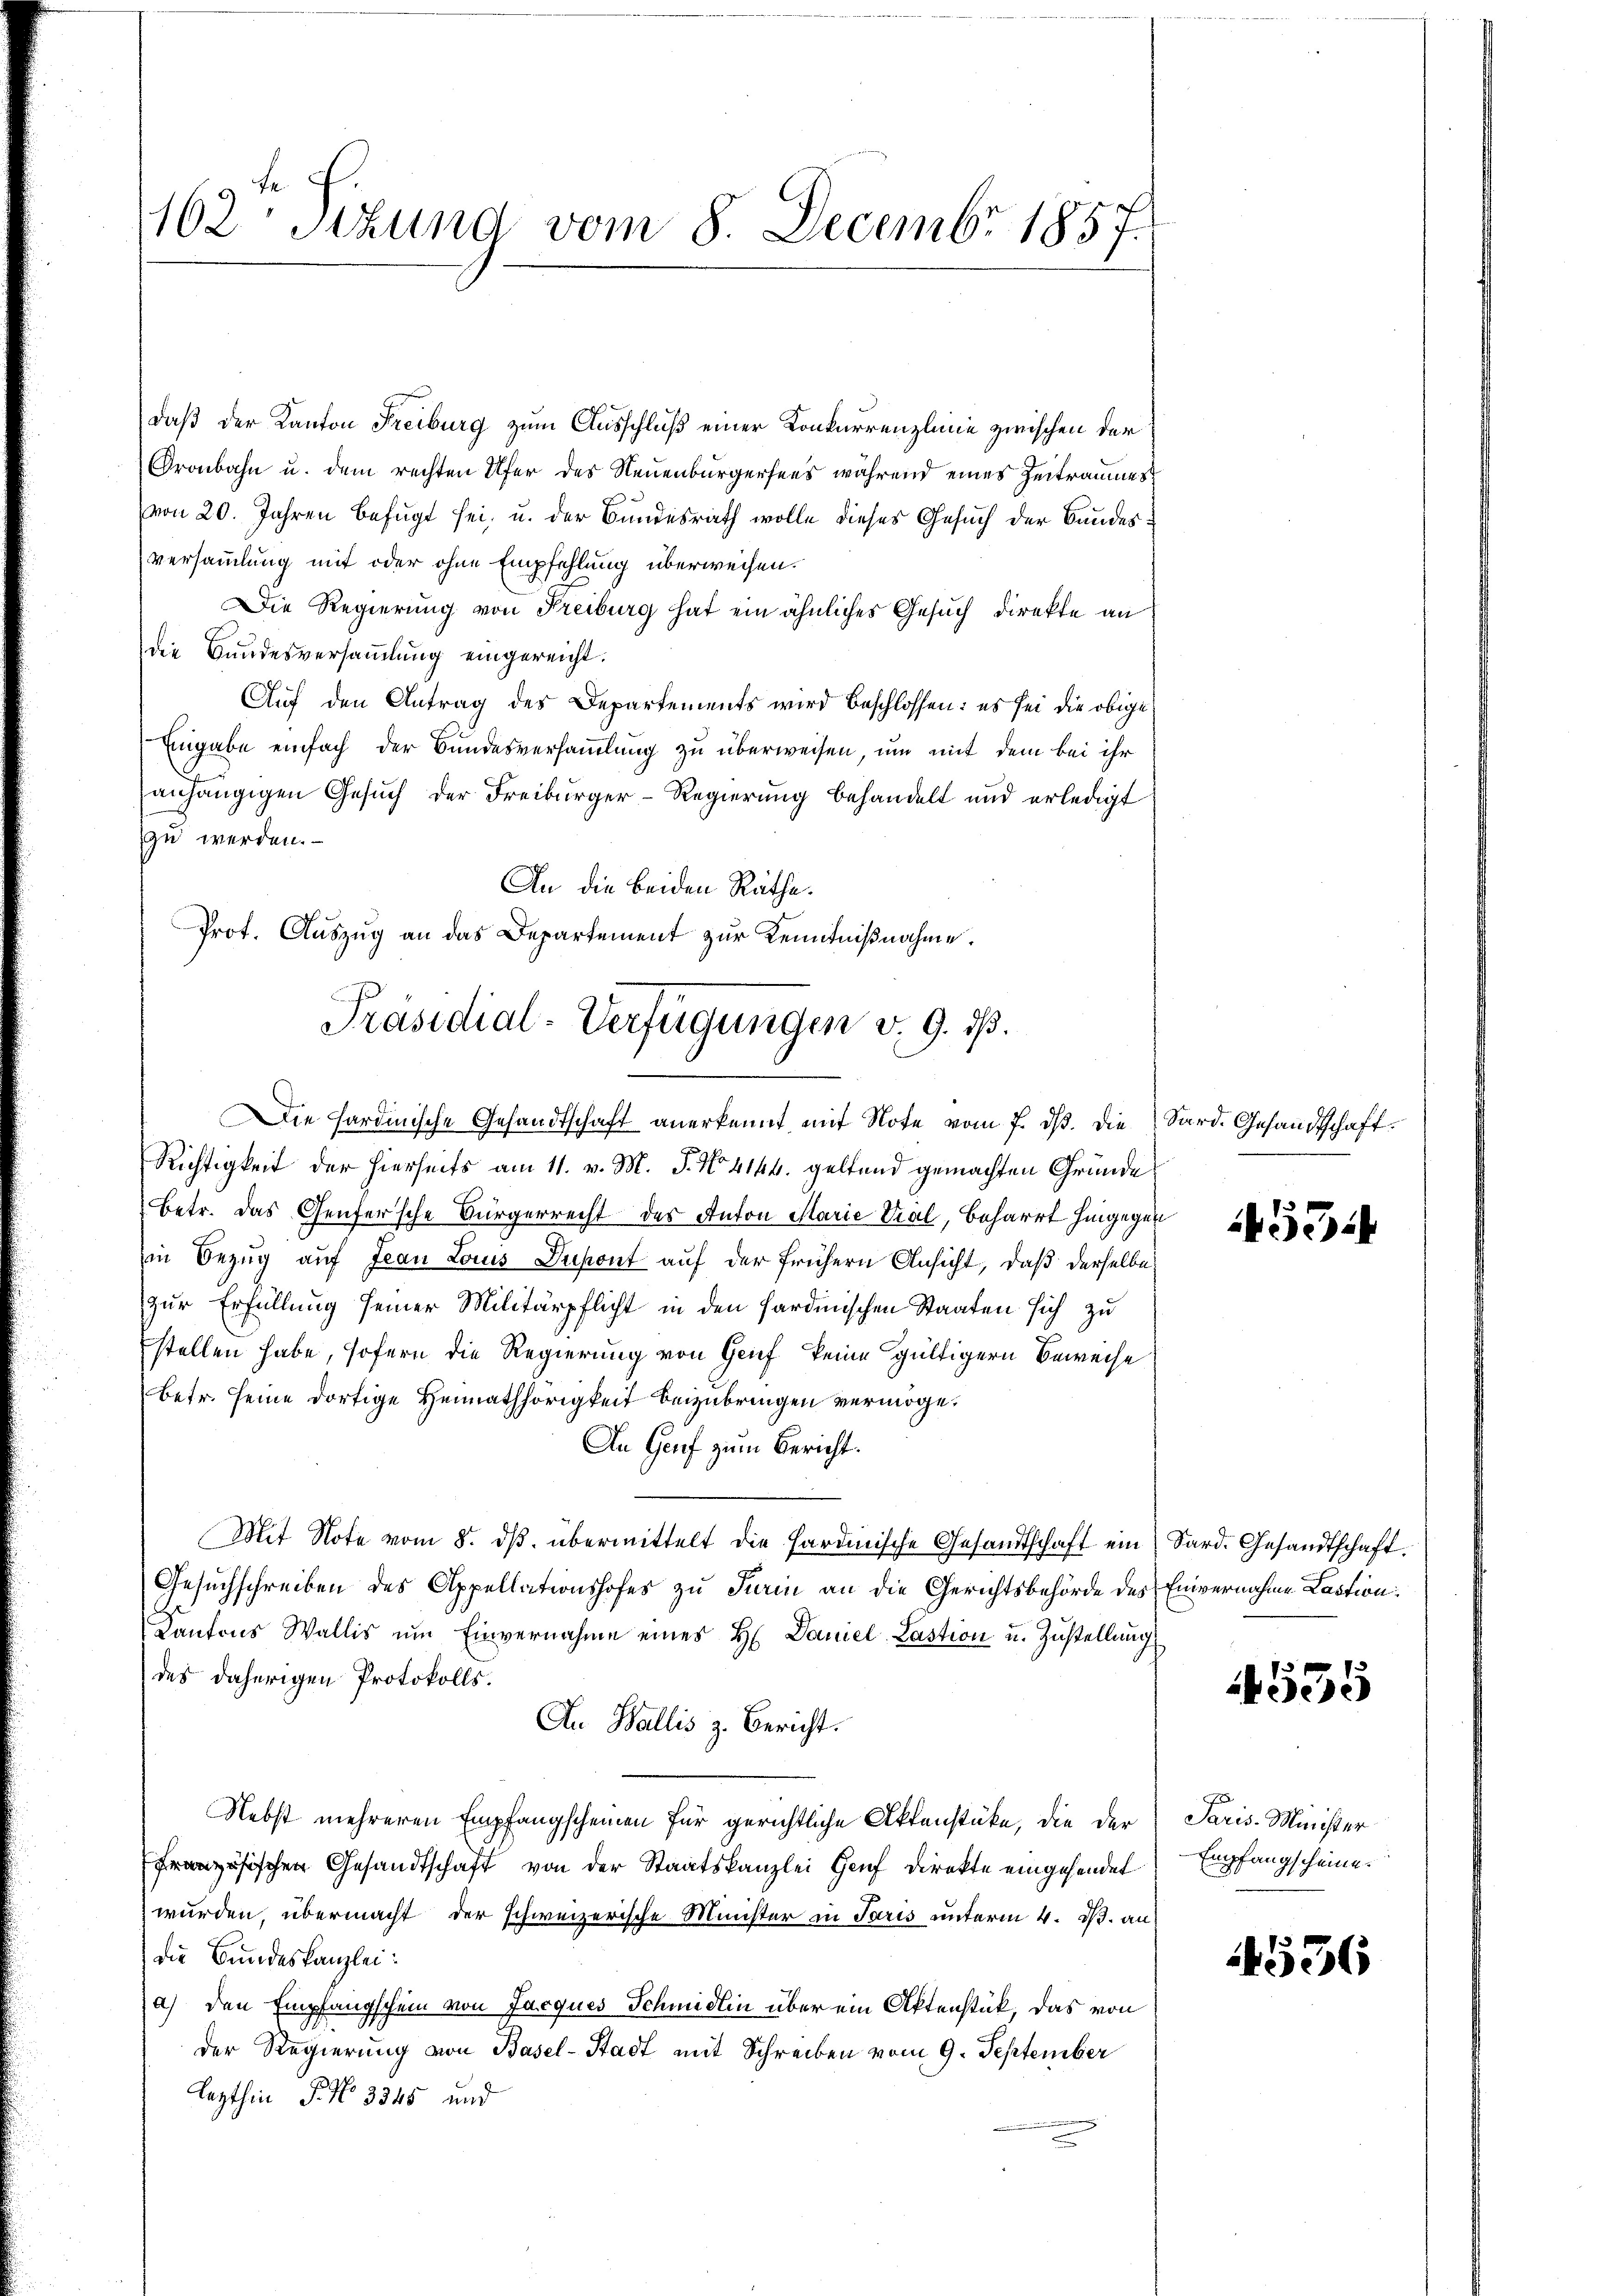
162 Stund vom 8. Decembr 1857.

daß der Kanton Freiburg zum Ausschluß einer Konkurrenzlinie zwischen der
Oronbahn u. dem rechten Ufer des Neuenburgersees während eines Zeitraumes
von 20. Jahren befugt sei, u. der Bundesrath wolle dieses Gesuch der Bundes
versammlung mit oder ohne Empfehlung überweisen.
Die Regierung von Freiburg hat ein ähnliches Gesuch direkte an
die Bundesversammlung eingereicht.
Auf den Antrag des Departements wird beschlossen: es sei die obige
Eingabe einfach der Bundesversammlung zu überweisen, um mit dem bei ihr
anhängigen Gesuch der Freiburger-Regierung behandelt und erledigt
zu werden.
Die Hardinische Gesandtschaft anerkennt mit Note vom 7. ds. Die Sard. Gesandtschaft¬
Richtigkeit der hierseits am 11. v. M. P. No. 4144. geltend gemachten Gründe
Betr. das Genfersche Bürgerrecht des Anton Marie Val, beharrt hingegen
in Bezug auf Jean Louis Dupont auf der frühern Ansicht, daß derselbe
zur Erfüllung seiner Militärpflicht in den sardinischen Staaten sich zu
stellen habe, sofern die Regierung von Grief keine gültigern Beweise
betr. seine dortige Heimathörigkeit beizubringen vermöge.
An Genf zum Bericht.
Mit Note vom 8. dβ übermittelt die Hardinische Gesandtschaft ein Sard. Gesandtschaft.
Gesuchschreiben des Appellationshofes zu Turin an die Gerichtsbehörde des Einvernahme Lastion:
Kantons Wallis ŭm Einvernahme eines H. Daniel-Lastion u. Zustellung
des daherigen Protokolls.
An Wallis z. Bericht.
Nebst mehreren Empfangscheinen für gerichtliche Aktenstüke, die der Paris-Minister
ranzösischen Gesandtschaft von der Staatskanzlei Genf direkte eingehendet
wurden, übermacht der schweizerische Minister in Paris unterm 4. B. an
die Bundeskanzlei:
a) den Empfangschein von Jacques Schmidlin über ein Aktenstück, das von
Der Regierung von Basel-Stadt mit Schreiben vom 9. September
lezthin 5 No 3345 und

An die beiden Räthe.
Prot. Auszug an das Departement zur Kenntnißnahme.
Präsidial-Verfügungen v. 9. d.

4554

4555

Empfangscheine.

556